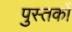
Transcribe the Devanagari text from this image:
पुस्तकोँ